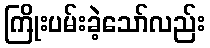
ကြိုးပမ်းခဲ့သော်လည်း